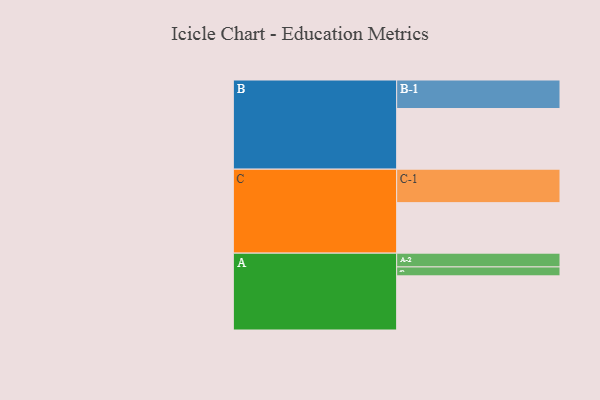
{"axis": {"x": "Segment", "y": "Value"}, "legend": ["", "A", "B", "C"], "data": [{"x": "A", "y": 448, "type": ""}, {"x": "B", "y": 502, "type": ""}, {"x": "C", "y": 418, "type": ""}, {"x": "A-1", "y": 74, "type": "A"}, {"x": "A-2", "y": 114, "type": "A"}, {"x": "B-1", "y": 236, "type": "B"}, {"x": "C-1", "y": 277, "type": "C"}]}